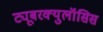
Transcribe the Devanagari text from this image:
ट्यूबरक्युलॉसिस